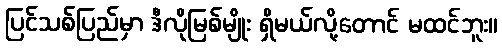
ပြင်သစ်ပြည်မှာ ဒီလိုမြစ်မျိုး ရှိမယ်လို့တောင် မထင်ဘူး။